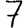
Digit: 7